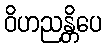
ဝိဟညန္တိပေ